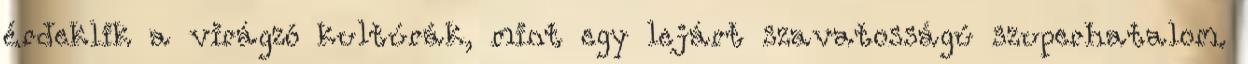
érdeklik a virágzó kultúrák, mint egy lejárt szavatosságú szuperhatalom.